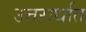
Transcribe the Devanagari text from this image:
उत्तरार्धात